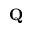
\mathbf { Q }